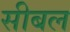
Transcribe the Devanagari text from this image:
सीबल